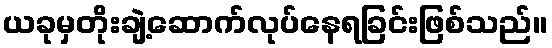
ယခုမှတိုးချဲ့ဆောက်လုပ်နေရခြင်းဖြစ်သည်။